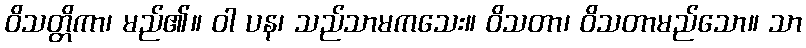
ဝိသတ္တိကာ၊ မည်၏။ ဝါ ပန၊ သည်သာမကသေး။ ဝိသတာ၊ ဝိသတာမည်သော။ သာ